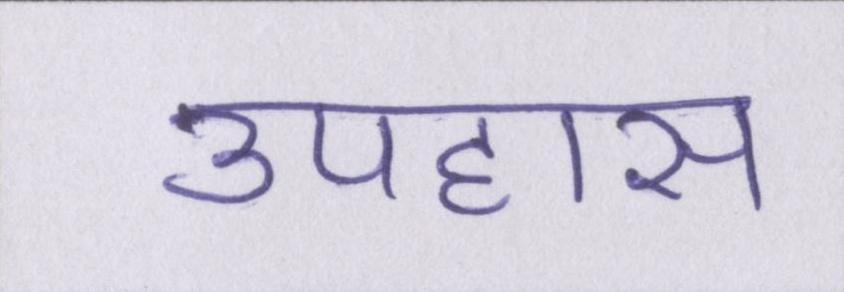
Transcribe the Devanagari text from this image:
उपहास